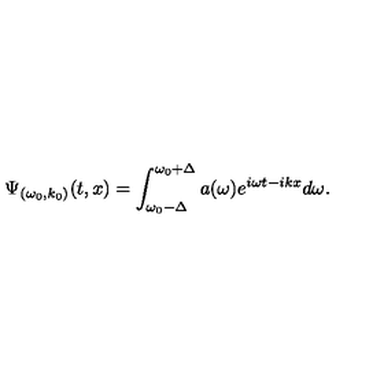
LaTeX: \Psi _ { ( \omega _ { 0 } , k _ { 0 } ) } ( t , x ) = \int _ { \omega _ { 0 } - \Delta } ^ { \omega _ { 0 } + \Delta } a ( \omega ) e ^ { i \omega t - i k x } d \omega .